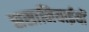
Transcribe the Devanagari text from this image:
ससानियाईयों